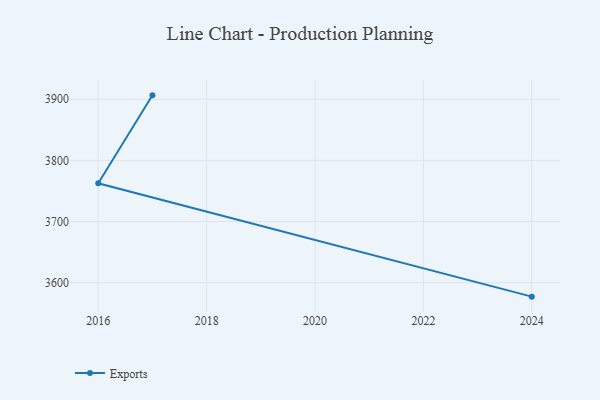
{"axis": {"x": "Year", "y": "Market Share (%)"}, "legend": ["Exports"], "data": [{"x": "2017", "y": 3906.4, "type": "Exports"}, {"x": "2016", "y": 3762.5, "type": "Exports"}, {"x": "2024", "y": 3577.2, "type": "Exports"}]}